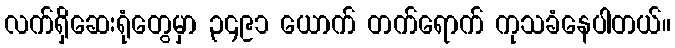
လက်ရှိဆေးရုံတွေမှာ ၃၄၉၁ ယောက် တက်ရောက် ကုသခံနေပါတယ်။